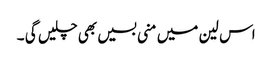
اس لین میں منی بسیں بھی چلیں گی ۔